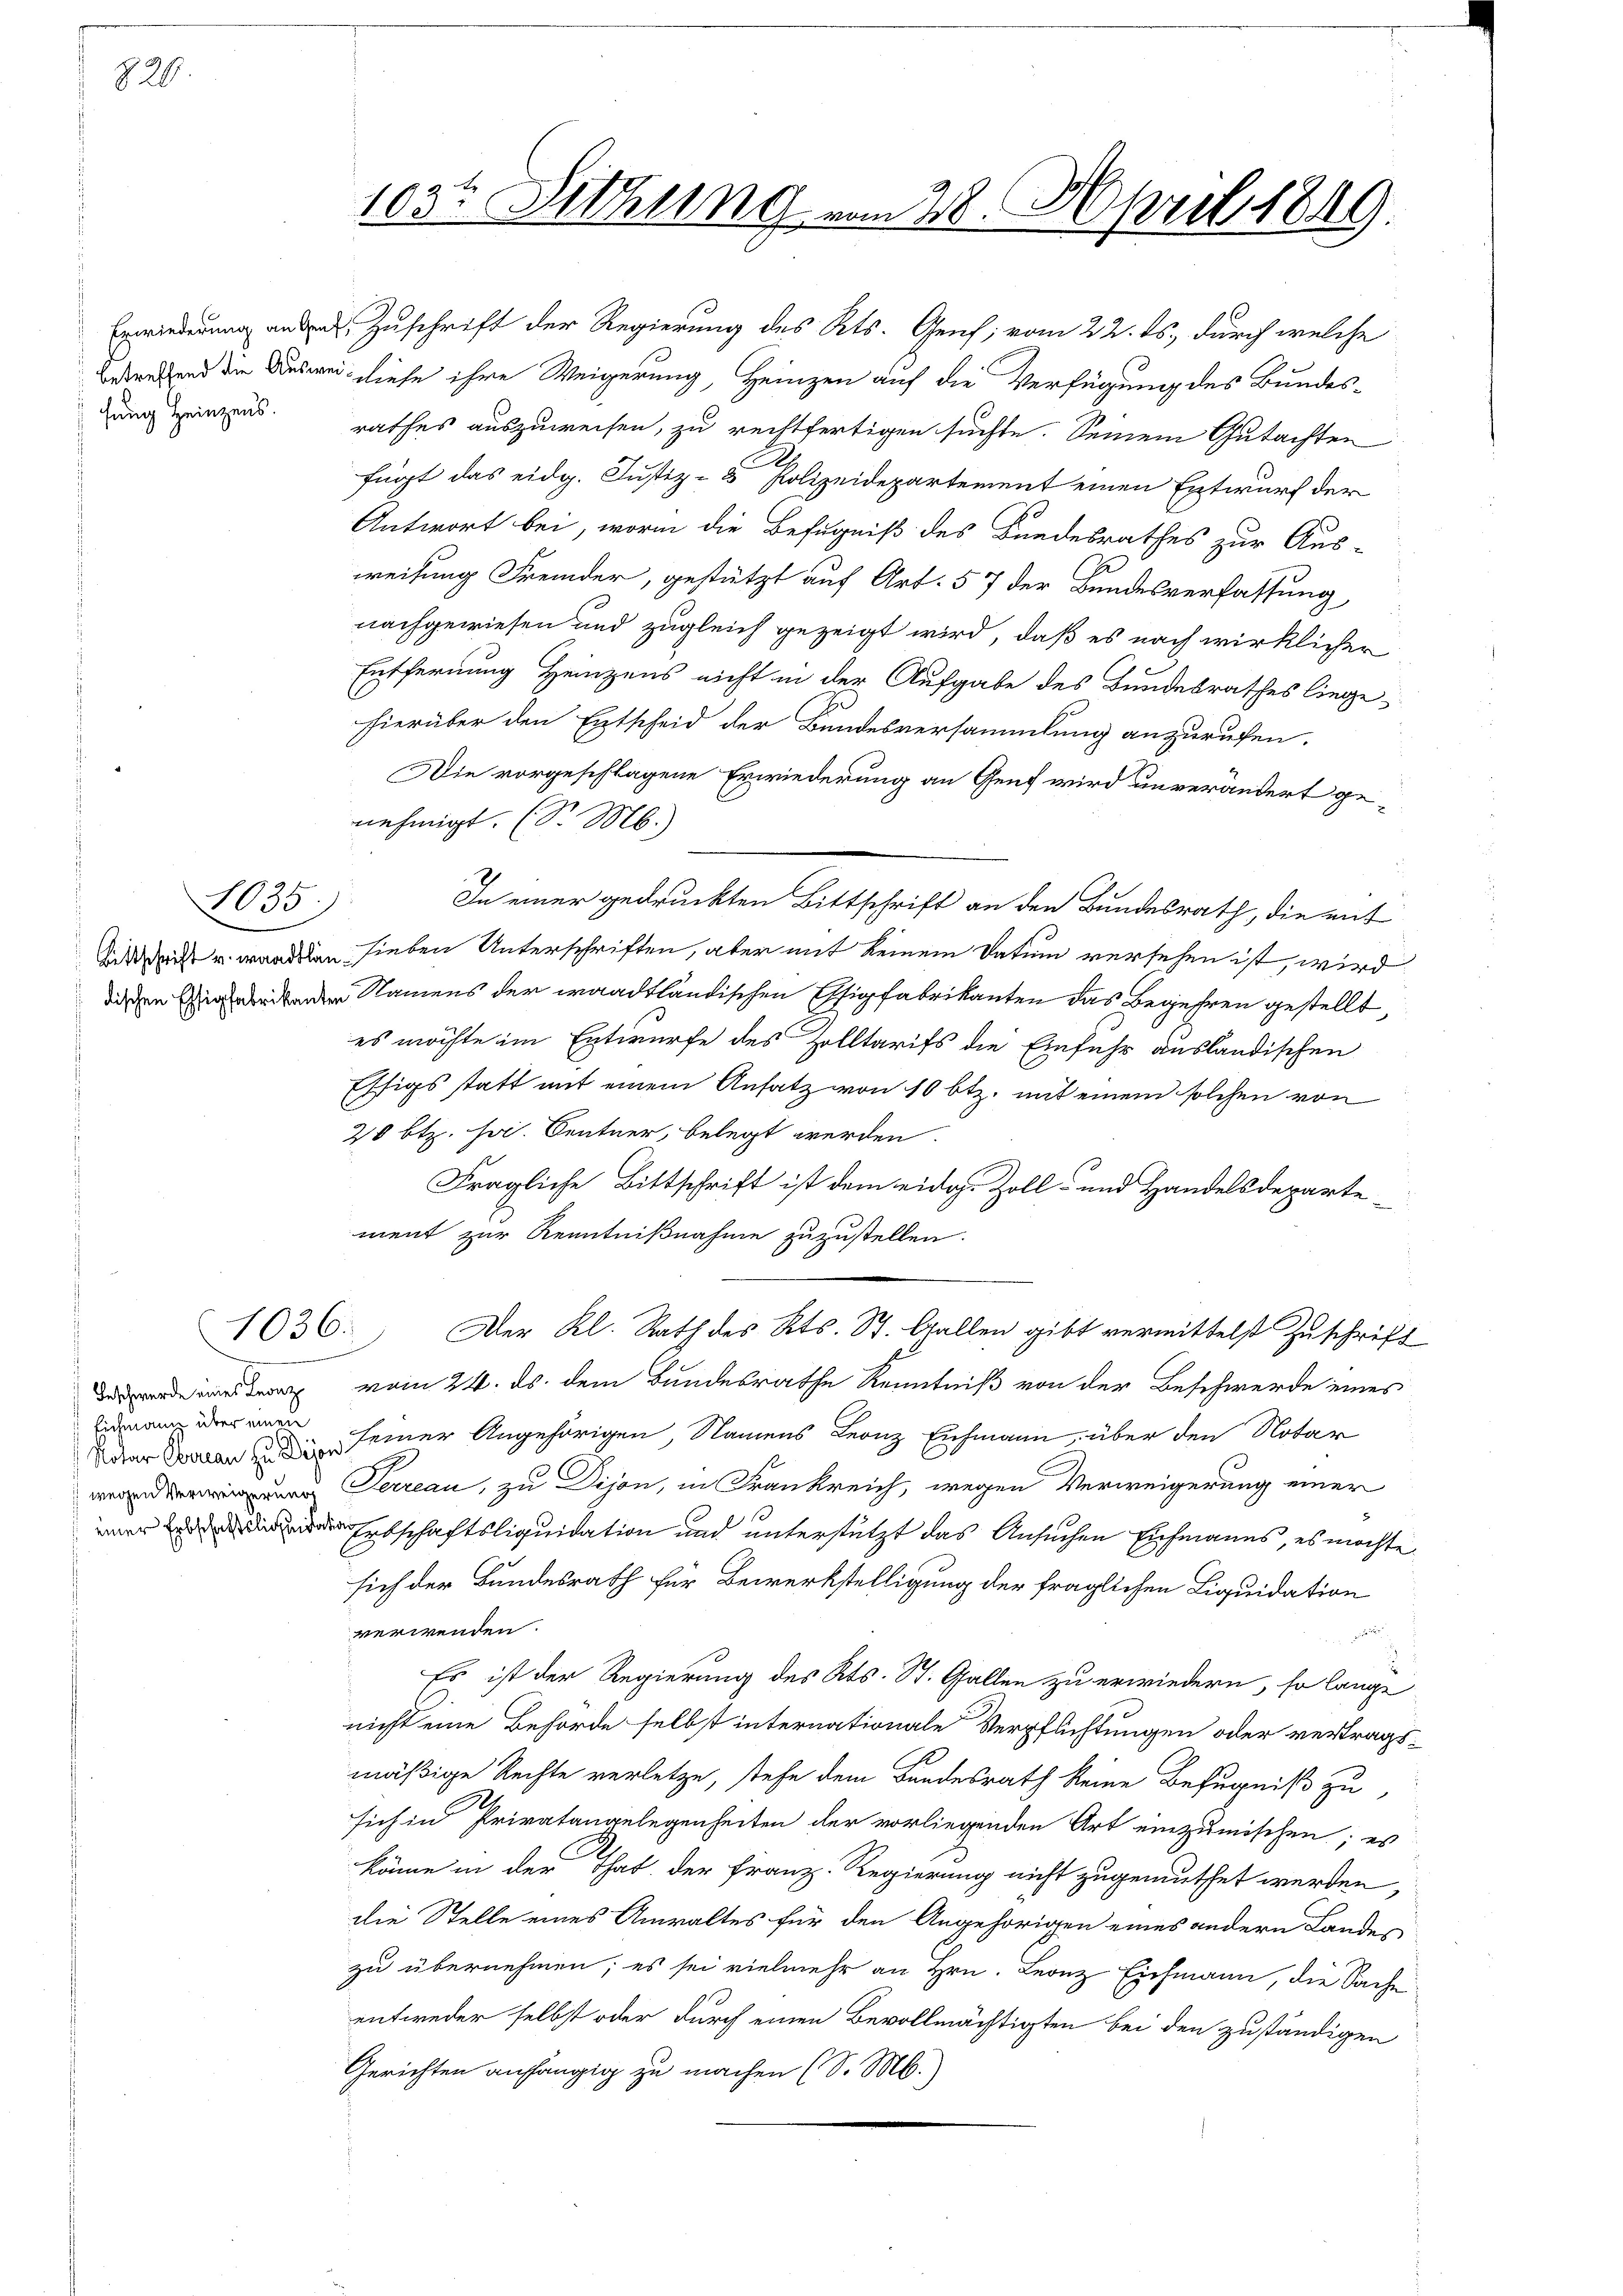
820.

1835.

1036.

Eichmann über einen

103te Sitzung vom 28. April 1849.

Bedenkend die Ausweis diese ihre Weigerung, Heinzen auf die Verfügung des Bundesgung einzinsrathes auszuweisen, zu rechtfertigen suchte. Seinem Gutachten
e
fügt das eidg. Justiz- & Polizeidepartement einen Entwurf der
Antwort bei, worin die Befugniß des Bundesrathes zur Aus-
weisung Fremder, gestützt auf Art. 57 der Bundesverfassung,
nachgewiesen und zugleich gezeigt wird, daß es nach wirklicher
Entfernung Heinzens nicht in der Aufgabe des Bundesrathes liege
hierüber den Entscheid der Bundesversammlung anzurufen.
Die vorgeschlagene Erwiederung an Genf wird unverändert genehmigt. (S. M.)
In einer gedruckten Bittschrift an den Bundesrath, die mit
A u. wandten sieben Unterschriften, aber mit keinem Datum versehen ist, wird
diesen Ergebender Namens der waadtländischen Eigfabrikanten das Begehren gestellt,
es möchte im Entwurfe des Zolltarifs die Einfuhr ausländischen
Essigs statt mit einem Ansatz von 10 btz. mit einem solchen von
20 Btz. Hr. Centner, belegt werden.
Fragliche Bittschrift ist dem eidg. Zoll- und Handelsdeparte
ment zur Kenntnißnahme zuzustellen.
Der Kl. Rath des Kts. St. Gallen gibt vermittelst Zuschrift
de eines der vom 24. ds. dem Bundesrathe Kenntniß von der Beschwerde eines
War den seiner Angehörigen, Namens Leonz Eichmann, über den Notar
 Serreau, zu Dijon, in Frankreich, wegen Verweigerung einer
er Erbschaftsliquidation und unterstützt das Ansuchen Eichmanns, es möchte
sich der Bundesrath für Bewerkstelligung der fraglichen Liquidation
verwenden.

Es ist der Regierung des Kts. St. Gallen zu erwiedern, so lange
nicht eine Behörde selbst internationale Verpflichtungen oder vertrags-
mäßige Rechte verletze, stehe dem Bundesrath keine Befugniß zu
sich in Privatangelegenheiten der vorliegenden Art einzumischen; es
könne in der That der Franz. Regierung nicht zugemuthet werden,
die Stelle eines Anwaltes für den Angehörigen eines andern Landes
zu übernehmen; es sei vielmehr an Hrn. Leonz Eichmann, die Sache
entweder selbst oder durch einen Bevollmächtigten bei den zuständigen
Gerichten anhängig zu machen (S. M.)

Erwiederung an Zuschrift der Regierung des Kts. Genf; vom 22. ds., durch welche